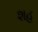
શહ